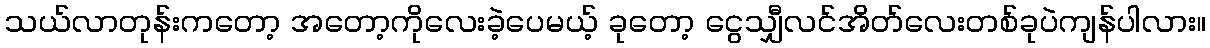
သယ်လာတုန်းကတော့ အတော့ကိုလေးခဲ့ပေမယ့် ခုတော့ ငွေသျှီလင်အိတ်လေးတစ်ခုပဲကျန်ပါလား။